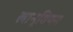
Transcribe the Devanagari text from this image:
लानूवियम